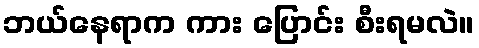
ဘယ်နေရာက ကား ပြောင်း စီးရမလဲ။